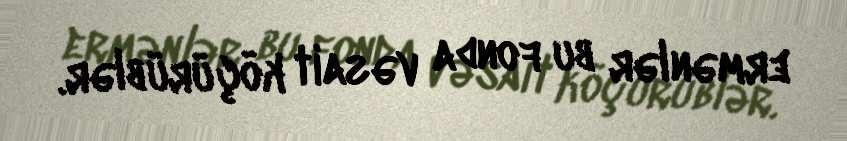
ermənlər bu fonda vəsait köçürüblər.